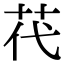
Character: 䒫